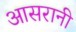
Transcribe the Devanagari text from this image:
आसरानी